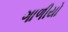
ગાળીયો